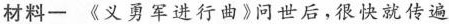
材料一《义勇军进行曲》问世后，很快就传遍